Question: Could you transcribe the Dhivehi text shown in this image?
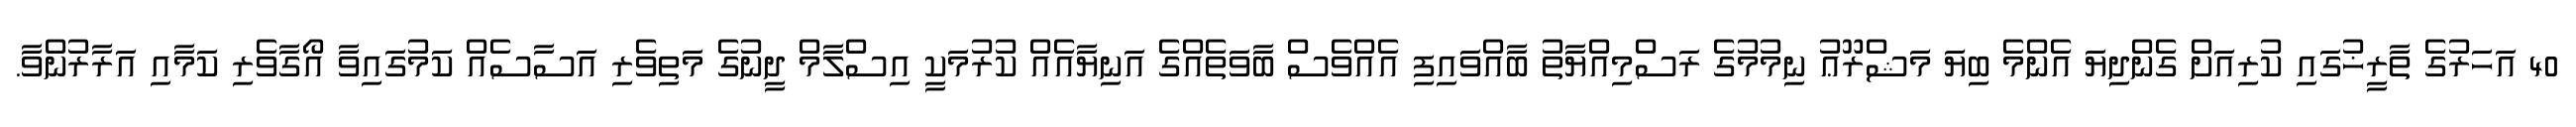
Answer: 40 އަހަރުގެ ތާރީޚުގައި ކުރިއަށް ގެންދިޔަ އެންމެ ބިޔަ މަޝްރޫޢު ނިމުމުގެ ރަސްމިއްޔާތު ބާއްވައިފި އެއްވެސް ބާވަތެއްގެ އަނިޔާއެއް ކުރުމަކީ އިސްލާމް ދީނުގެ މަތިވެރި އަސާސެއް ކަމުގައިވާ އޯގާވެރި ކަމާއި އަރާރުންވާ.